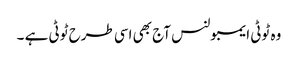
وہ ٹوٹی ایمبولنس آج بھی اسی طرح ٹوٹی ہے ۔